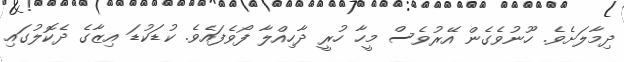
ދިމާލަށެވެ. ހޫނުވެގެން އޭރުވެސް މީހާ ހުރީ ދާހިއްލާ ފޯވެފައެވެ. ކުޑަކުޑަ އިޒާގެ ދެކޮލުގައި